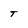
Character: T